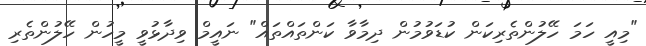
"މިއީ ހަމަ ހޭލުންތެރިކަން ކުޑަވުމުން ދިމާވާ ކަންތައްތައް" ނައީމް ވިދާޅުވީ މީހުން ހޭލުންތެރި